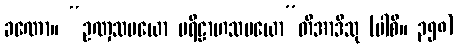
ခဏော။ “ဥဏှသမယော ပရိဠာဟသမယော”တိအာဒီသု (ပါစိ။ ၃၅၈)